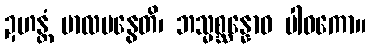
ဍဟန္တံ ဗာလမနွေတိ၊ ဘသ္မစ္ဆန္နောဝ ပါဝကော။